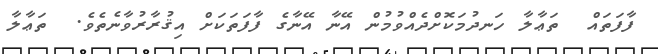
ފާފަތައް  ތަޢާލާ ހަނދުމަކޮށްދެއްވުމުން އޭނާ އޭނާގެ ފާފަތަކަށް އިޤުރާރުވާނެތެވެ.  ތަޢާލާ